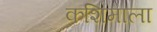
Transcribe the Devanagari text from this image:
कशिमाला